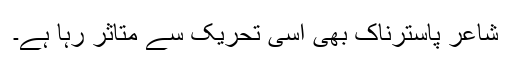
شاعر پاسترناک بھی اسی تحریک سے متاثر رہا ہے۔